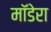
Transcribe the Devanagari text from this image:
मॉडेरा